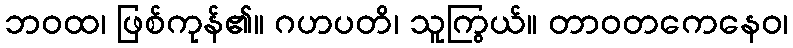
ဘဝထ၊ ဖြစ်ကုန်၏။ ဂဟပတိ၊ သူကြွယ်။ တာဝတကေနေဝ၊